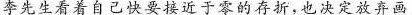
李先生看着自己快要接近于零的存折，也决定放弃画